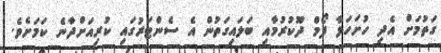
ގަތުމަށް އެދި ހުށަހަޅާ ފޯމް ދޫކުރުމާއި ބަލައިގަތުން އެ ސެންޓަރުގައި ކުރިއަށްދާނެ ކަމަށެވެ.